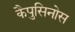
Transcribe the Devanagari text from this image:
कैपुसिनोस